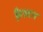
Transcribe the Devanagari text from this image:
क़ैल्टन